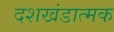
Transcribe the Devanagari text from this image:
दशखंडात्मक